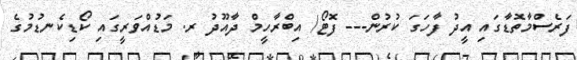
ފަރެސްމާތޮޑާގައި އީދު ފާހަގަ ކުރުން--- ފޮޓޯ/ އިބްރާހީމް ދާއޫދު ރ. މަޑުއްވަރީގައި ކޯޑިކެނޑުމުގެ